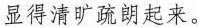
显得清旷疏朗起来。